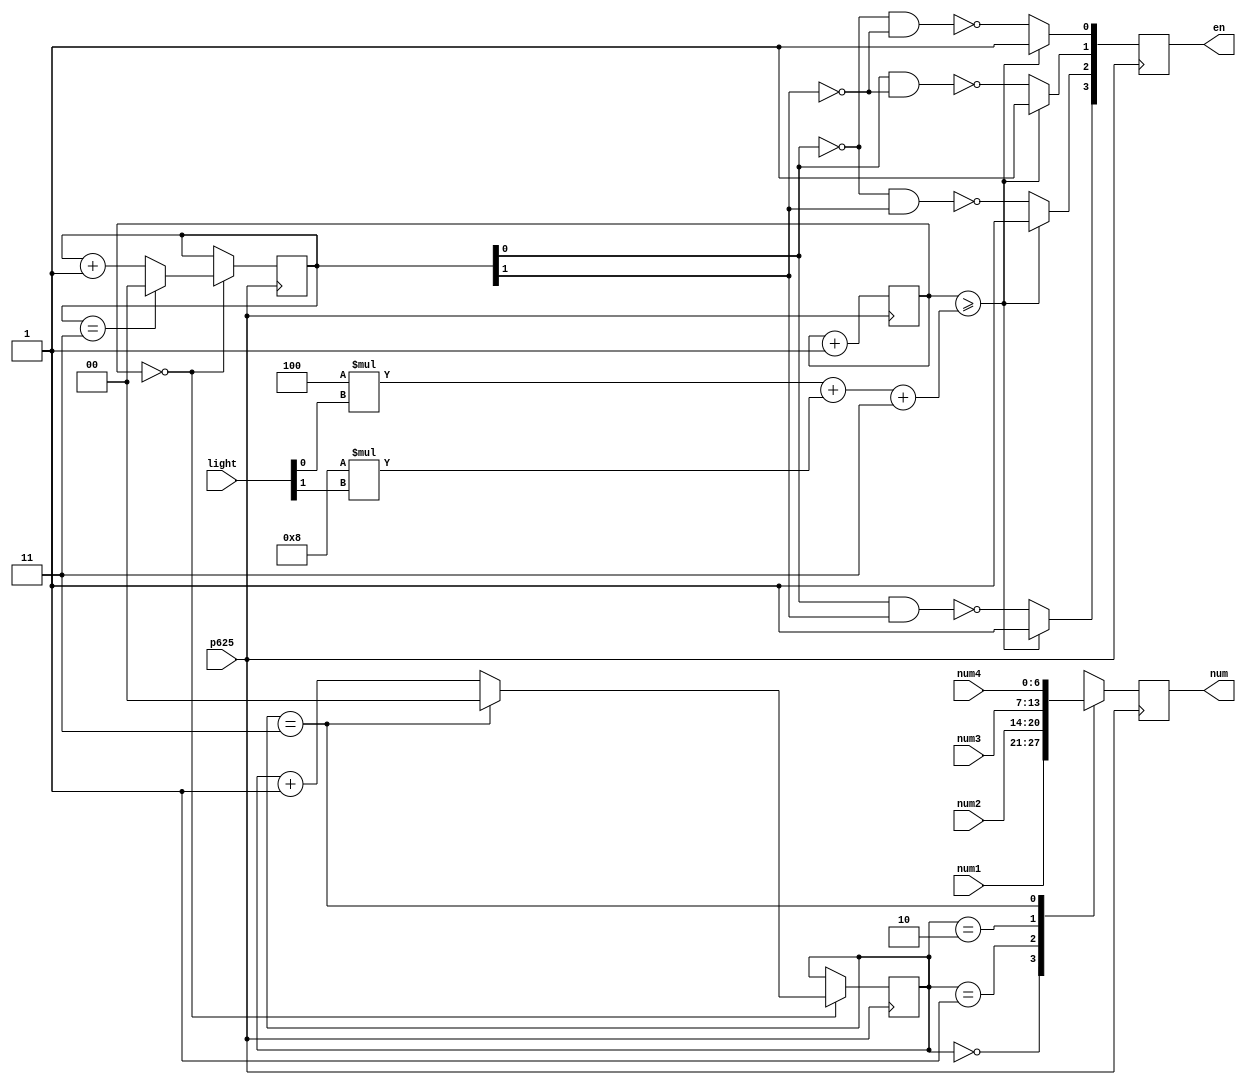
`timescale 1ns / 1ps
//////////////////////////////////////////////////////////////////////////////////
// Company: 
// Engineer: 
// 
// Design Name: 
// Module Name:    en 
// Project Name: 
// Target Devices: 
// Tool versions: 
// Description: 
//
// Dependencies: 
//
// Revision: 
// Revision 0.01 - File Created
// Additional Comments: 
//
//////////////////////////////////////////////////////////////////////////////////
module en(
    input p625,
    input [6:0] num1,
    input [6:0] num2,
    input [6:0] num3,
    input [6:0] num4,
	 input [1:0] light,
    output reg [6:0] num,
    output reg [3:0] en
    );
	 reg [3:0] tmp=0;
	 reg [1:0] num_1=0;
	 reg [1:0] pos=0;
	 
	always @ (posedge p625)
			begin
			if(tmp==4'b0000)
				begin
				if(num_1==3)
					num_1<=0;
				else
					num_1<=num_1+1;
				if(pos==3)
					pos<=0;
				else
					pos<=pos+1;
				end
			case(num_1)
			0:num<=num1;
			1:num<=num2;
			2:num<=num3;
			3:num<=num4;
			endcase
			if(tmp>=4*light[0]+8*light[1]+3)
				begin
				en[0]<=1;
				en[1]<=1;
				en[2]<=1;
				en[3]<=1;
				end
			else
				begin
				en[0]<=~(~pos[0]&~pos[1]);
				en[1]<=~(pos[0]&~pos[1]);
				en[2]<=~(~pos[0]&pos[1]);
				en[3]<=~(pos[0]&pos[1]);
				end
			tmp<=tmp+1;
			end



endmodule